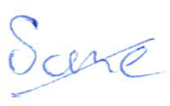
Text: Some
Cross-out: diagonal
Writing tool: ballpoint